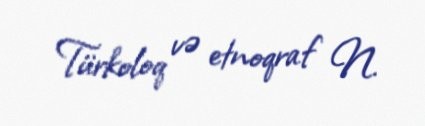
Türkoloq və etnoqraf N.